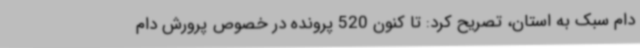
دام سبک به استان، تصریح کرد: تا کنون 520 پرونده در خصوص پرورش دام